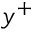
y ^ { + }